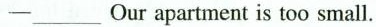
—___Our apartment is too small.